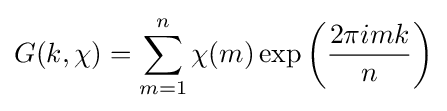
G(k,\chi )=\sum _{m=1}^{n}\chi (m)\exp \left({\frac {2\pi imk}{n}}\right)